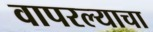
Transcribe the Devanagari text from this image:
वापरल्याचा